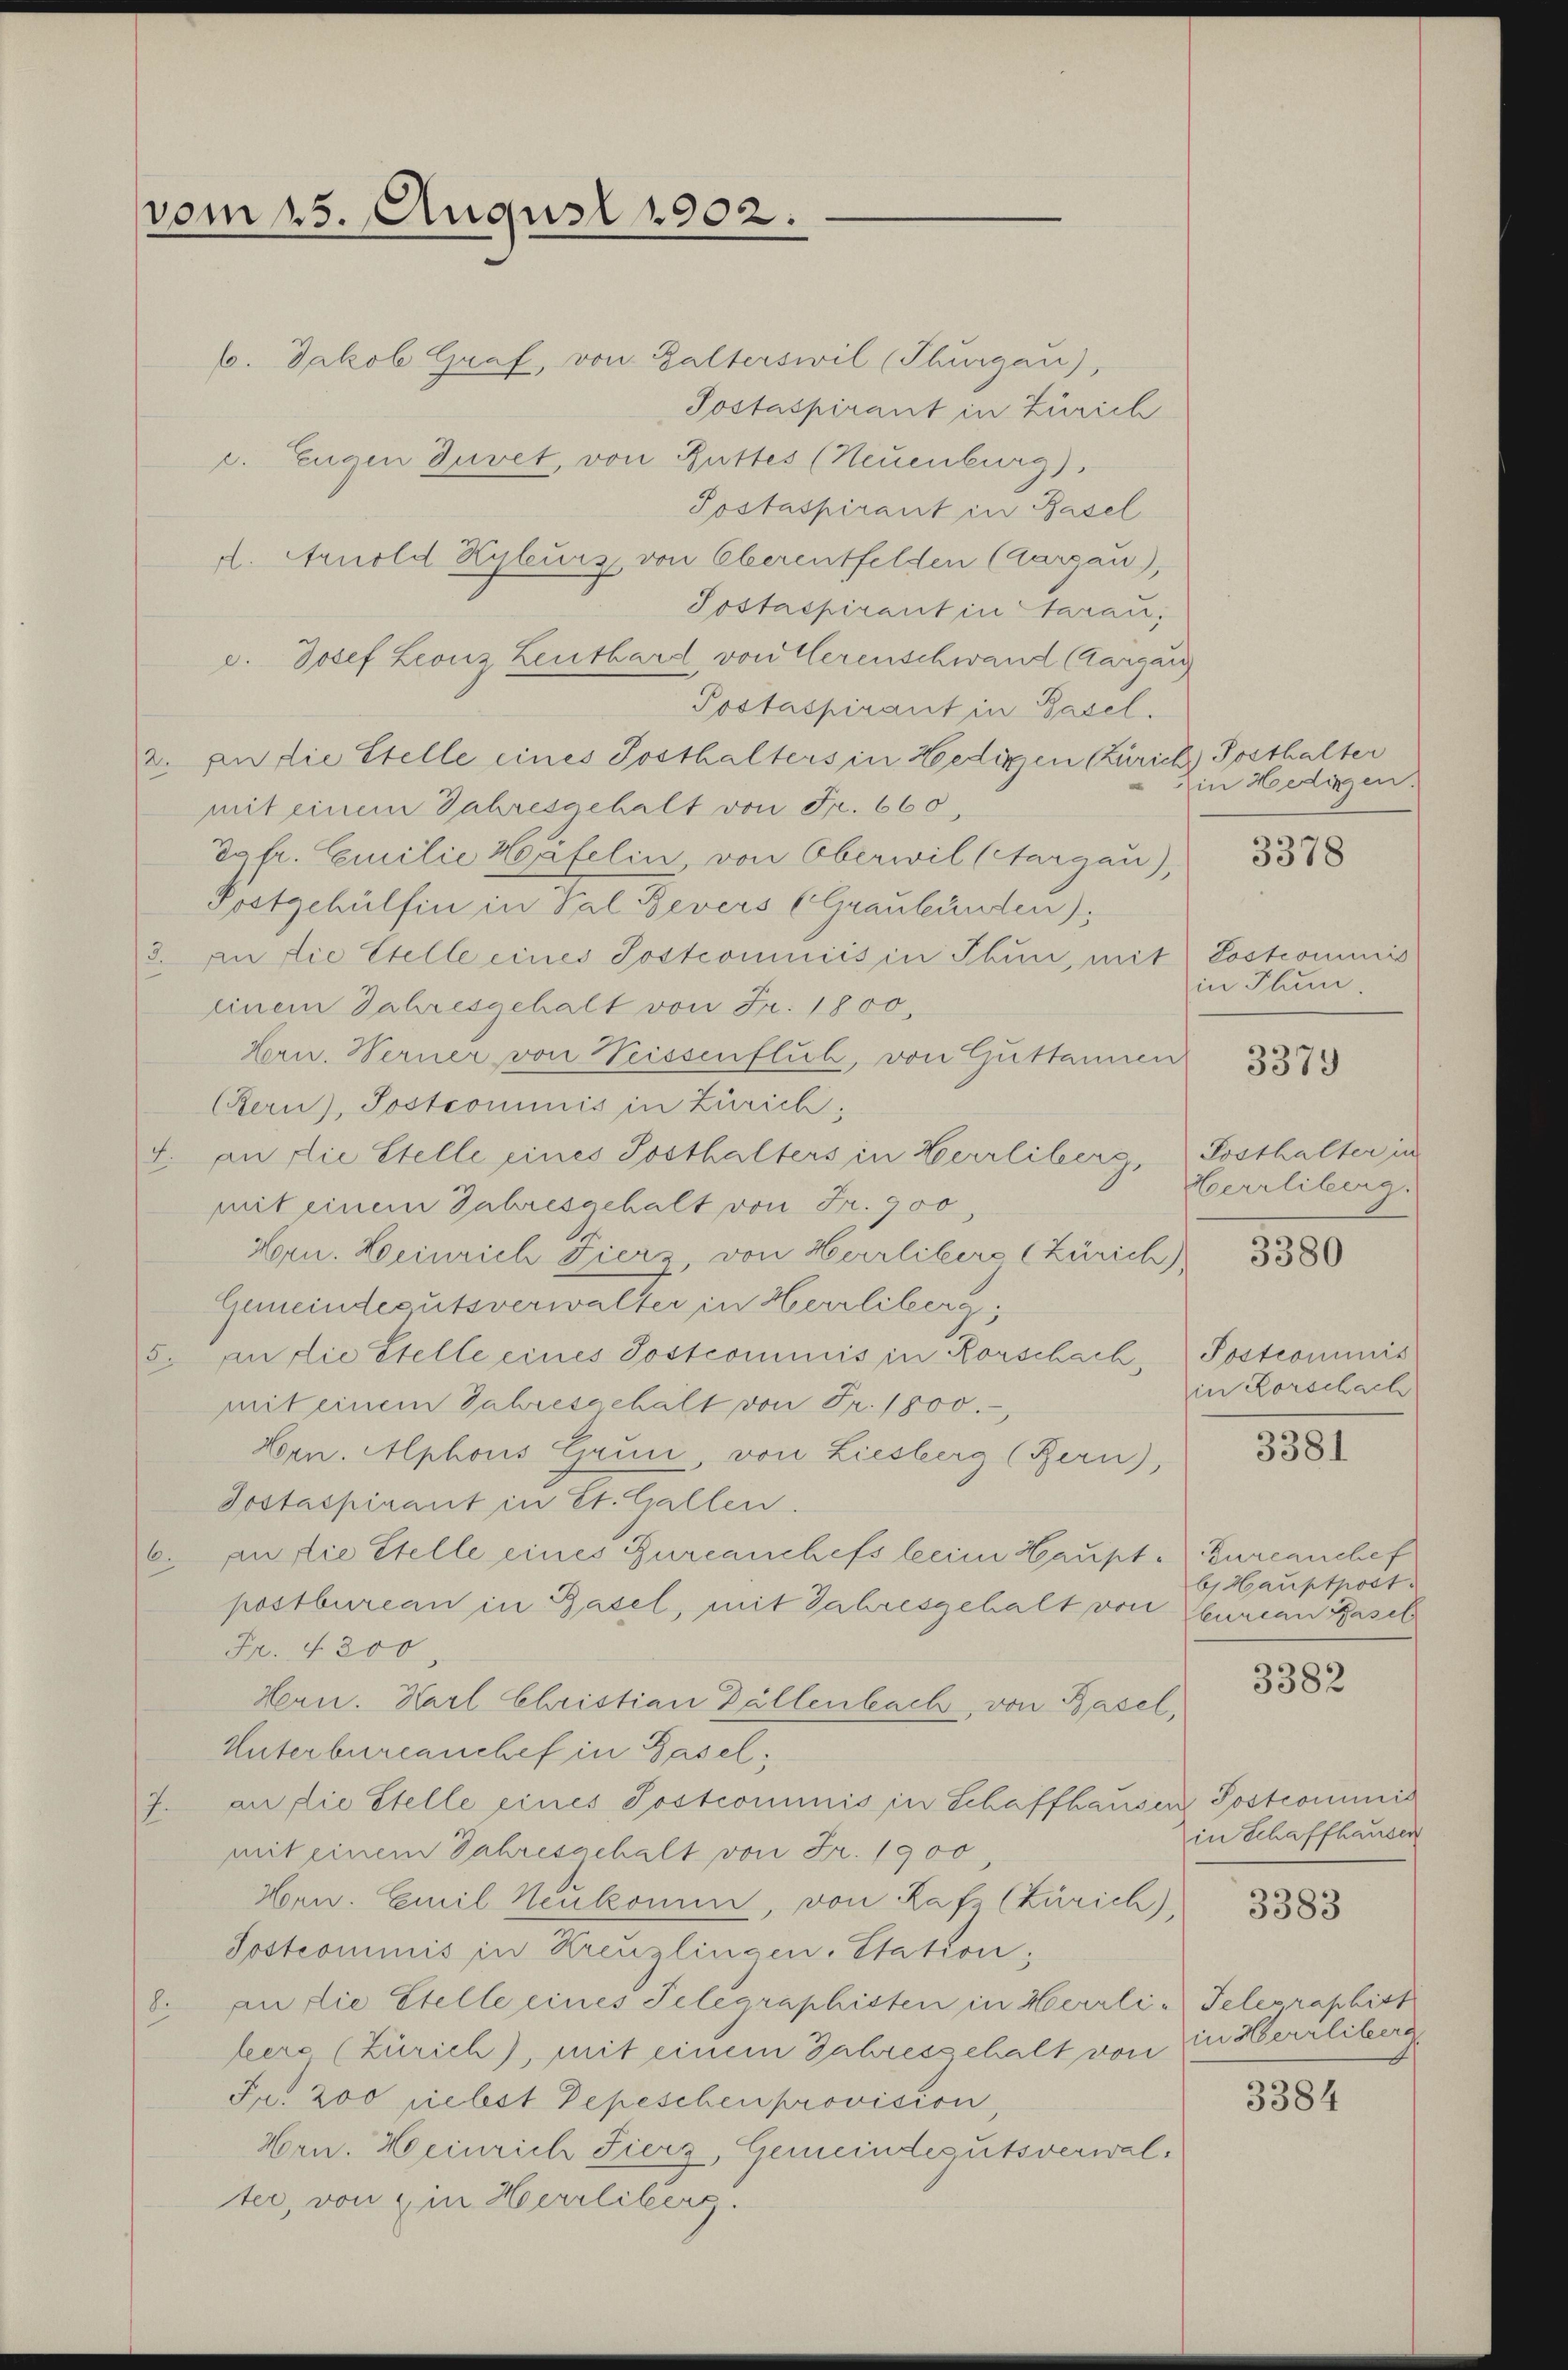
vom 15. August 1902.

6. Jakob Graf, von Balterswil (Thurgau),
Postaspirant in Zürich
c. Eugen Guret, von Ruttes (Neuenburg),
Postaspirant in Basel
d. Arnold Kyleurs von Oberentfelden (Aargau),
Sostaspirant in Sarau,
c. Josef Leonz Leuthard von Verenschwand (Aargau
Postaspirant in Basel.
2. an die Stelle eines Posthalters in Hedigen Zürich Posthalter
mit einem Jahresgehalt von Fr. 660,
Dgfr. Emilie Häfelin, von Oberwil (Aargau),
Postgehülfen in Pal Bevers (Graubünden);
3. An die Stelle eines Sostromniis in Thun, mit Postcommis
einem Jahresgehalt von Fr. 1800,
Hern. Berner von Weissenfluh, von Guttannen
(ern), Postcommis in Zürich;
4. an die Stelle eines Sosthalters in Herrliberg, Posthalter in
mit einem Jahresgehalt von Fr. 900,
Morn. Heinrich Fierz, von Herrliberg (Zürich),
Gemeindegutsverwalten, in Herrliberg,
5. an die Stelle eines Postcommis in Rorschach, Postcommis
mit einem Jahresgehalt von Fr. 1800.-,
Lorn. Alphons Grun, von Liesberg (Bern),
Sostaspirant in St. Gallen.
6. an die Stelle eines Zurcanchefs beim Haupt. Turcanchef
postbureau in Basel, mit Jahresgehalt von Curian Basel
Fr. 4200.
Hern. Karl Christian Bällenbach, von Basel,
Unterbureanchef in Basel,
7. an die Stelle eines Postcommnis in Schaffhausen Postcommit
mit einem Jahresgehalt von Fr. 1900,
Horw. Emil Neukomm, von Rafz (Zürich),
Sostrommnis in Kreuzlingen. Station;
8. an die Stelle eines Telegraphisten in Herrli-Telegraphist
here (Zürich), mit einem Jahresgehalt von in Herrliberg
Fr. 200 liebst Depeschen provision,
Hrn. Heinrich Fierz, Gemeindegutsverwaltter, von ein Herrliberg.

in Hedingen.
3378

in Plum.
Herrliberg.

3379

3380

in Rorschach

3381

b) Hauptpost.

3382

in Schaffhausen
3383

3384